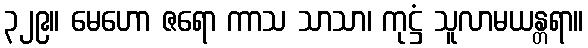
၃၂၉။ မေဟော ဇရော ကာသ သာသာ၊ ကုဋ္ဌံ သူလာမယန္တရာ။